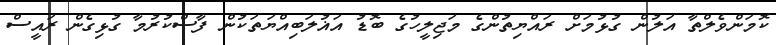
ކޮމަންވެލްތާ އަލުން ގުޅުމަށް ރައްޔިތުންގެ މަޖިލީހުގެ ބޮޑު އަޣުލަބިއްޔަތަކުން ފާސްކުރުމާ ގުޅިގެން ރައީސް